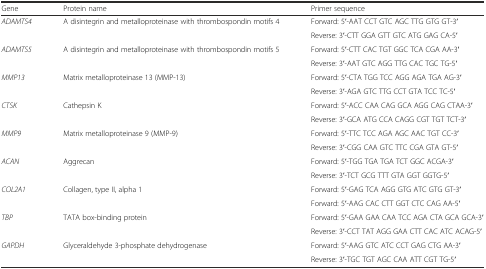
| Gene | Protein name | Primer sequence |
 | --- | --- | --- |
 | <ROWSPAN=2> ADAMTS4 | <ROWSPAN=2> A disintegrin and metalloproteinase with thrombospondin motifs 4 | Forward: 5′-AAT CCT GTC AGC TTG GTG GT-3′ |
 | Reverse: 3′-CTT GGA GTT GTC ATG GAG CA-5′ |
 | <ROWSPAN=2> ADAMTS5 | <ROWSPAN=2> A disintegrin and metalloproteinase with thrombospondin motifs 5 | Forward: 5′-CTT CAC TGT GGC TCA CGA AA-3′ |
 | Reverse: 3′-AAT GTC AGG TTG CAC TGC TG-5′ |
 | <ROWSPAN=2> MMP13 | <ROWSPAN=2> Matrix metalloproteinase 13 (MMP-13) | Forward: 5′-CTA TGG TCC AGG AGA TGA AG-3′ |
 | Reverse: 3′-AGA GTC TTG CCT GTA TCC TC-5′ |
 | <ROWSPAN=2> CTSK | <ROWSPAN=2> Cathepsin K | Forward: 5′-ACC CAA CAG GCA AGG CAG CTAA-3′ |
 | Reverse: 3′-GCA ATG CCA CAGG CGT TGT TCT-3′ |
 | <ROWSPAN=2> MMP9 | <ROWSPAN=2> Matrix metalloproteinase 9 (MMP-9) | Forward: 5′-TTC TCC AGA AGC AAC TGT CC-3′ |
 | Reverse: 3′-CGG CAA GTC TTC CGA GTA GT-5′ |
 | <ROWSPAN=2> ACAN | <ROWSPAN=2> Aggrecan | Forward: 5′-TGG TGA TGA TCT GGC ACGA-3′ |
 | Reverse: 3′-TCT GCG TTT GTA GGT GGTG-5′ |
 | <ROWSPAN=2> COL2A1 | <ROWSPAN=2> Collagen, type II, alpha 1 | Forward: 5′-GAG TCA AGG GTG ATC GTG GT-3′ |
 | Forward: 5′-AAG CAC CTT GGT CTC CAG AA-5′ |
 | <ROWSPAN=2> TBP | <ROWSPAN=2> TATA box-binding protein | Forward: 5′-GAA GAA CAA TCC AGA CTA GCA GCA-3′ |
 | Reverse: 3′-CCT TAT AGG GAA CTT CAC ATC ACAG-5′ |
 | <ROWSPAN=2> GAPDH | <ROWSPAN=2> Glyceraldehyde 3-phosphate dehydrogenase | Forward: 5′-AAG GTC ATC CCT GAG CTG AA-3′ |
 | Reverse: 3′-TGC TGT AGC CAA ATT CGT TG-5′ |